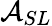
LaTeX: \mathcal{A}_{SL}